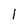
Character: l